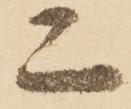
亦